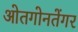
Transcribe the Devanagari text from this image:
ओतगोनतेंगर